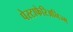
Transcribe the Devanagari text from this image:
पेस्टाफेरिअनिज्म